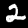
Digit: 2